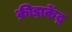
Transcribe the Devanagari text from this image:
क्रीड़ाकेंद्र